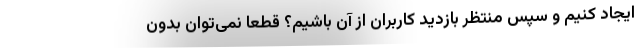
ایجاد کنیم و سپس منتظر بازدید کاربران از آن باشیم؟ قطعا نمی‌توان بدون